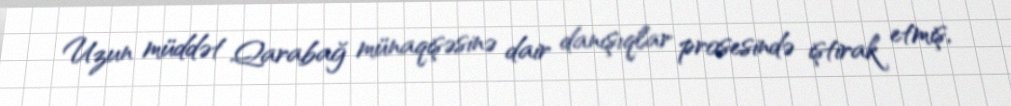
Uzun müddət Qarabağ münaqişəsinə dair danışıqlar prosesində iştirak etmiş,